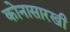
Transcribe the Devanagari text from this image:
कोनासारखी